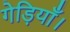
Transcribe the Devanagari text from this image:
गेड़ियाँ।